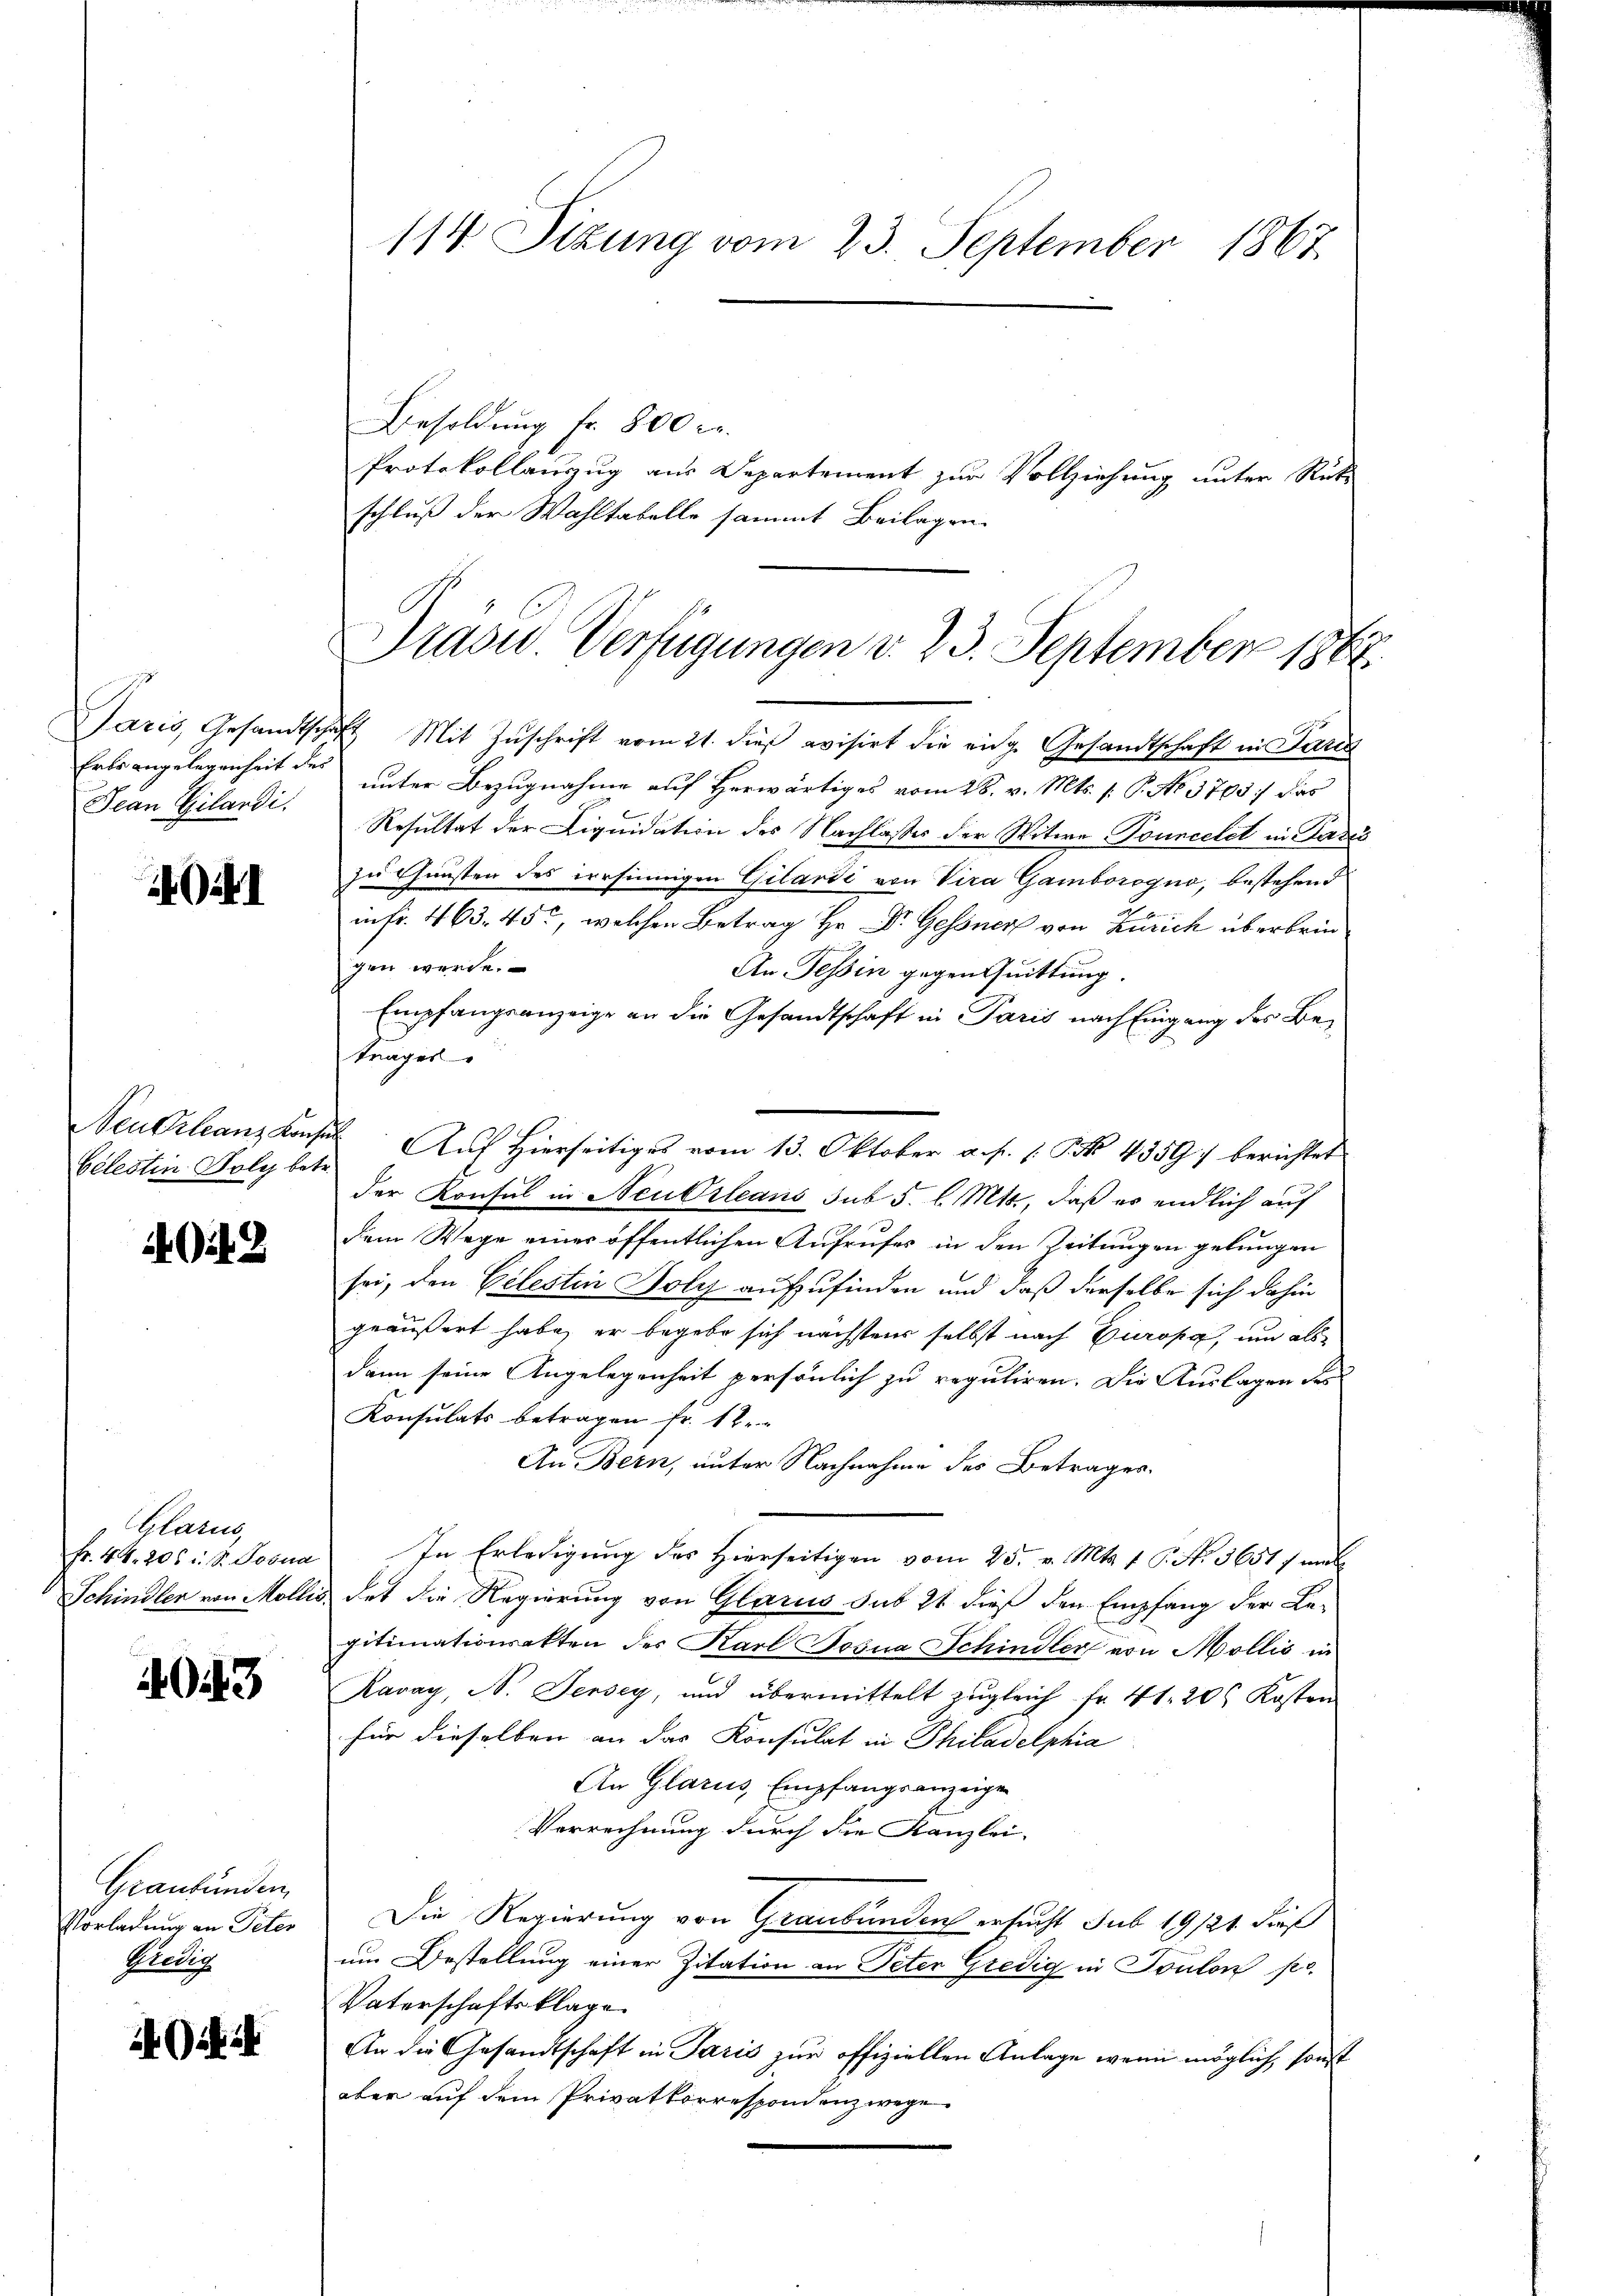
Paris, Gesandtsch
Erbs angelegenheit des
Jean Gilandi.

1

Neukranz Konse
Celestin Foly betr.

142

Glarus,
Fr. 44. 205 i S. Josua
Schindler von Molli

4043

Graubünden,
Vorladung an Peter
Gredig

Giit

114 Sizung vom 23. September 1867.

Besoldung Fr. 800 Fr.
Protokollauszug aus Departement zur Vollziehung unter Rüks
schluß der Wahltabelle sammt Beilagen

Präser Verfügungen d. 23. September 1862.

7t Mit Zŭschrift vom 21. dieß evisirt die eidg. Gesandtschaft in Jar
unter Bezugnahme auf herwärtiges vom 28. v. Mts. /: P. No 3793 :/ das
Resultat der Liquidation des Nachlasses der Witwe Touncelet in Pari
zu Gunsten des versinnigen Gilardi von Vira Gamborogno, bestehend
in fr. 463. 455, welchen Betrag Hr. Dr. Gessner von Zürich überbringen werde.
An Tessin gegen Quittung.
Empfangsanzeige an die Gesandtschaft in Paris nach Eingang des Betrages
der Konsul in Neukrleans sub 5. l. Mts., daß es endlich auf
dem Wege einer öffentlichen Aufrufes in den Zeitungen gelungen
sei, den Celestin Holy aufzufinden und daß derselbe sich dahin
geäußert habe, er begebe sich nächstens selbst nach Europa, um als
dann seine Angelegenheit persönlich zu reguliren. Die Auslagen des
Konsulats betragen fr. 12.
An Bern, unter Nachnahme des Betrages
In Erledigung des Hierseitigen vom 25. v. Mts. 1 P. No. 3651 / mit
det die Regierung von Glarus sub 21 dieß den Empfang der Be-
gitimationsakten des Karl Josna Schindler von Mollis in
Ravay, N. Jersey, und übermittelt zugleich fr 41. 206 Kosten
für dieselben an das Konsulat in Philadelphia
An Glarus, Empfangsanzeige
Verrechnung durch die Kanzlei-
Die Regierung von Graubünden ersucht sub 19121 dieß
um Bestellung einer Zitation an Peter Gredig in Toulon po
Vaterschaftsklage
An die Gesandtschaft in Paris zur offiziellen Anlage wenn möglich, sonst
aber auf dem Privatkorrespondenz wege

Auf Hierseitiges vom 13. Oktober a. p. 1 P 4359) berichtet